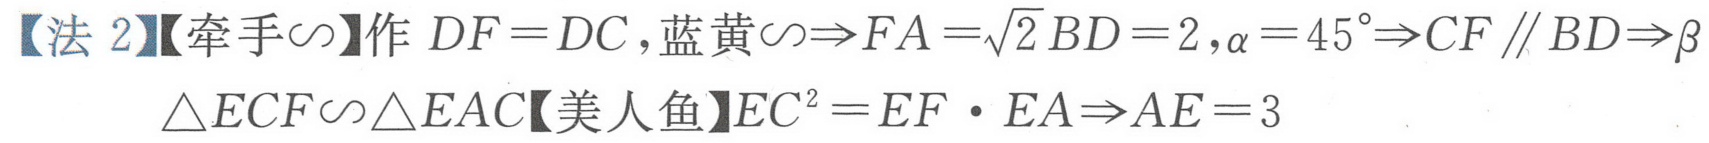
【法 2】【牵手\(\sim\)】作 \(DF = DC\)，蓝黄\(\sim\Rightarrow FA=\sqrt{2}BD = 2\)，\(\alpha = 45^{\circ}\Rightarrow CF\parallel BD\Rightarrow\beta\)  \(\triangle ECF\sim\triangle EAC\)【美人鱼】\(EC^{2}=EF\cdot EA\Rightarrow AE = 3\)